Source: Handwritten
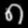
Digit: ၈ (8)